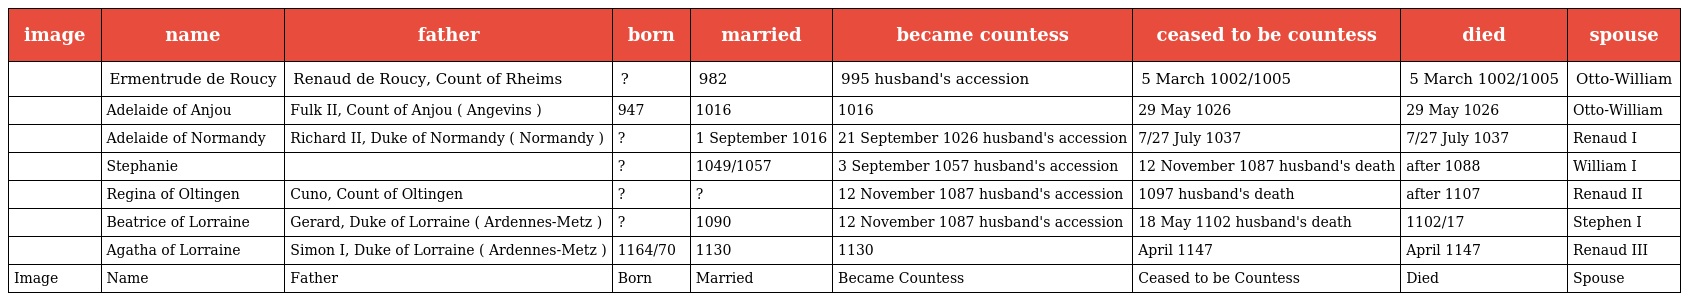
| image | name | father | born | married | became countess | ceased to be countess | died | spouse |
 | --- | --- | --- | --- | --- | --- | --- | --- | --- |
 |  | Ermentrude de Roucy | Renaud de Roucy, Count of Rheims | ? | 982 | 995 husband's accession | 5 March 1002/1005 | 5 March 1002/1005 | Otto-William |
 |  | Adelaide of Anjou | Fulk II, Count of Anjou ( Angevins ) | 947 | 1016 | 1016 | 29 May 1026 | 29 May 1026 | Otto-William |
 |  | Adelaide of Normandy | Richard II, Duke of Normandy ( Normandy ) | ? | 1 September 1016 | 21 September 1026 husband's accession | 7/27 July 1037 | 7/27 July 1037 | Renaud I |
 |  | Stephanie |  | ? | 1049/1057 | 3 September 1057 husband's accession | 12 November 1087 husband's death | after 1088 | William I |
 |  | Regina of Oltingen | Cuno, Count of Oltingen | ? | ? | 12 November 1087 husband's accession | 1097 husband's death | after 1107 | Renaud II |
 |  | Beatrice of Lorraine | Gerard, Duke of Lorraine ( Ardennes-Metz ) | ? | 1090 | 12 November 1087 husband's accession | 18 May 1102 husband's death | 1102/17 | Stephen I |
 |  | Agatha of Lorraine | Simon I, Duke of Lorraine ( Ardennes-Metz ) | 1164/70 | 1130 | 1130 | April 1147 | April 1147 | Renaud III |
 | Image | Name | Father | Born | Married | Became Countess | Ceased to be Countess | Died | Spouse |